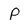
Character: P